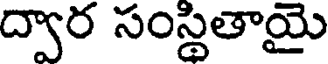
ద్వార సంస్థితాయై